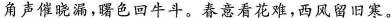
角声催晓漏，曙色回牛斗。春意看花难，西风留旧寒。